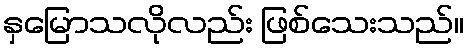
နှမြောသလိုလည်း ဖြစ်သေးသည်။